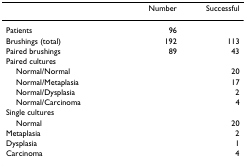
|  | Number | Successful |
 | --- | --- | --- |
 | Patients | 96 |  |
 | Brushings (total) | 192 | 113 |
 | Paired brushings | 89 | 43 |
 | Paired cultures |  |  |
 | Normal/Normal |  | 20 |
 | Normal/Metaplasia |  | 17 |
 | Normal/Dysplasia |  | 2 |
 | Normal/Carcinoma |  | 4 |
 | Single cultures |  |  |
 | Normal |  | 20 |
 | Metaplasia |  | 2 |
 | Dysplasia |  | 1 |
 | Carcinoma |  | 4 |